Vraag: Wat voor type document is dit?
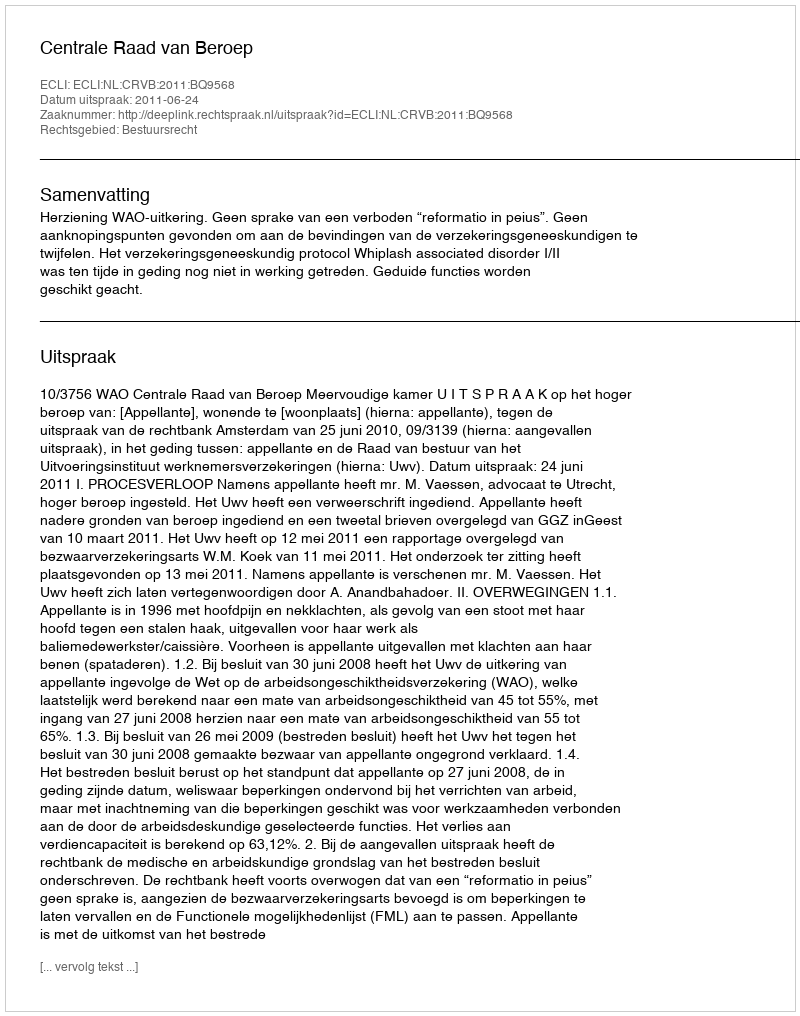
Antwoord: Uitspraak